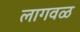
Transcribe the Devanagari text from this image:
लागवळ